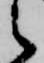
之